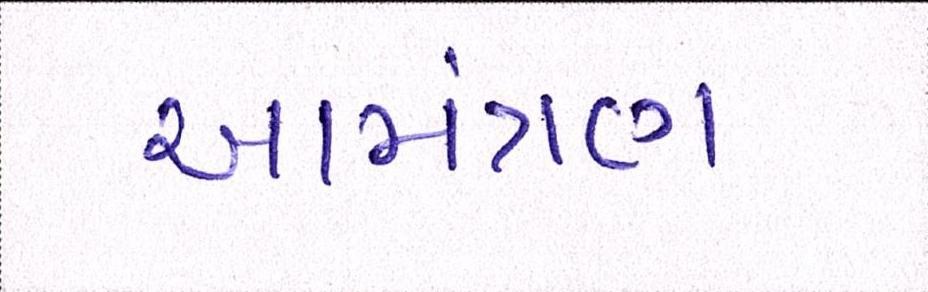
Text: આમંત્રણ